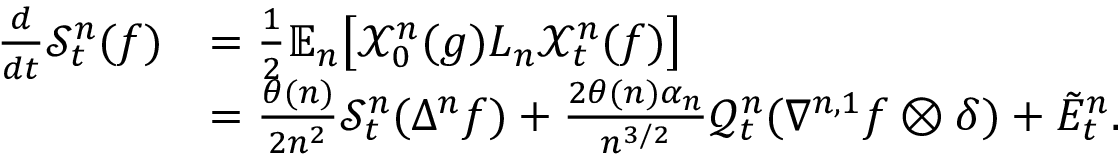
\begin{array} { r l } { \frac { d } { d t } \mathscr { S } _ { t } ^ { n } ( f ) } & { = \frac { 1 } { 2 } \mathbb { E } _ { n } \big [ \mathcal { X } _ { 0 } ^ { n } ( g ) L _ { n } \mathcal { X } _ { t } ^ { n } ( f ) \big ] } \\ & { = \frac { \theta ( n ) } { 2 n ^ { 2 } } \mathscr { S } _ { t } ^ { n } ( \Delta ^ { n } f ) + \frac { 2 \theta ( n ) \alpha _ { n } } { n ^ { 3 / 2 } } \mathscr { Q } _ { t } ^ { n } ( \nabla ^ { n , 1 } f \otimes \delta ) + \tilde { E } _ { t } ^ { n } . } \end{array}